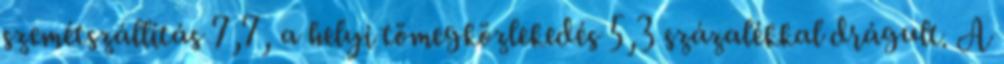
szemétszállítás 7,7, a helyi tömegközlekedés 5,3 százalékkal drágult. A